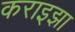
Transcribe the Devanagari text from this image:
कराइझा